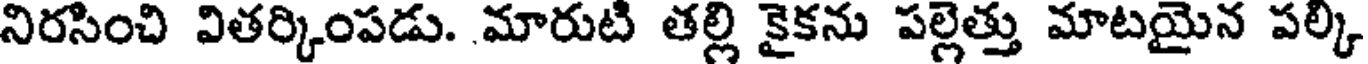
నిరసించి వితర్కింపడు. మారుటి తల్లి కైకను పల్లెత్తు మాటయైన పల్కి